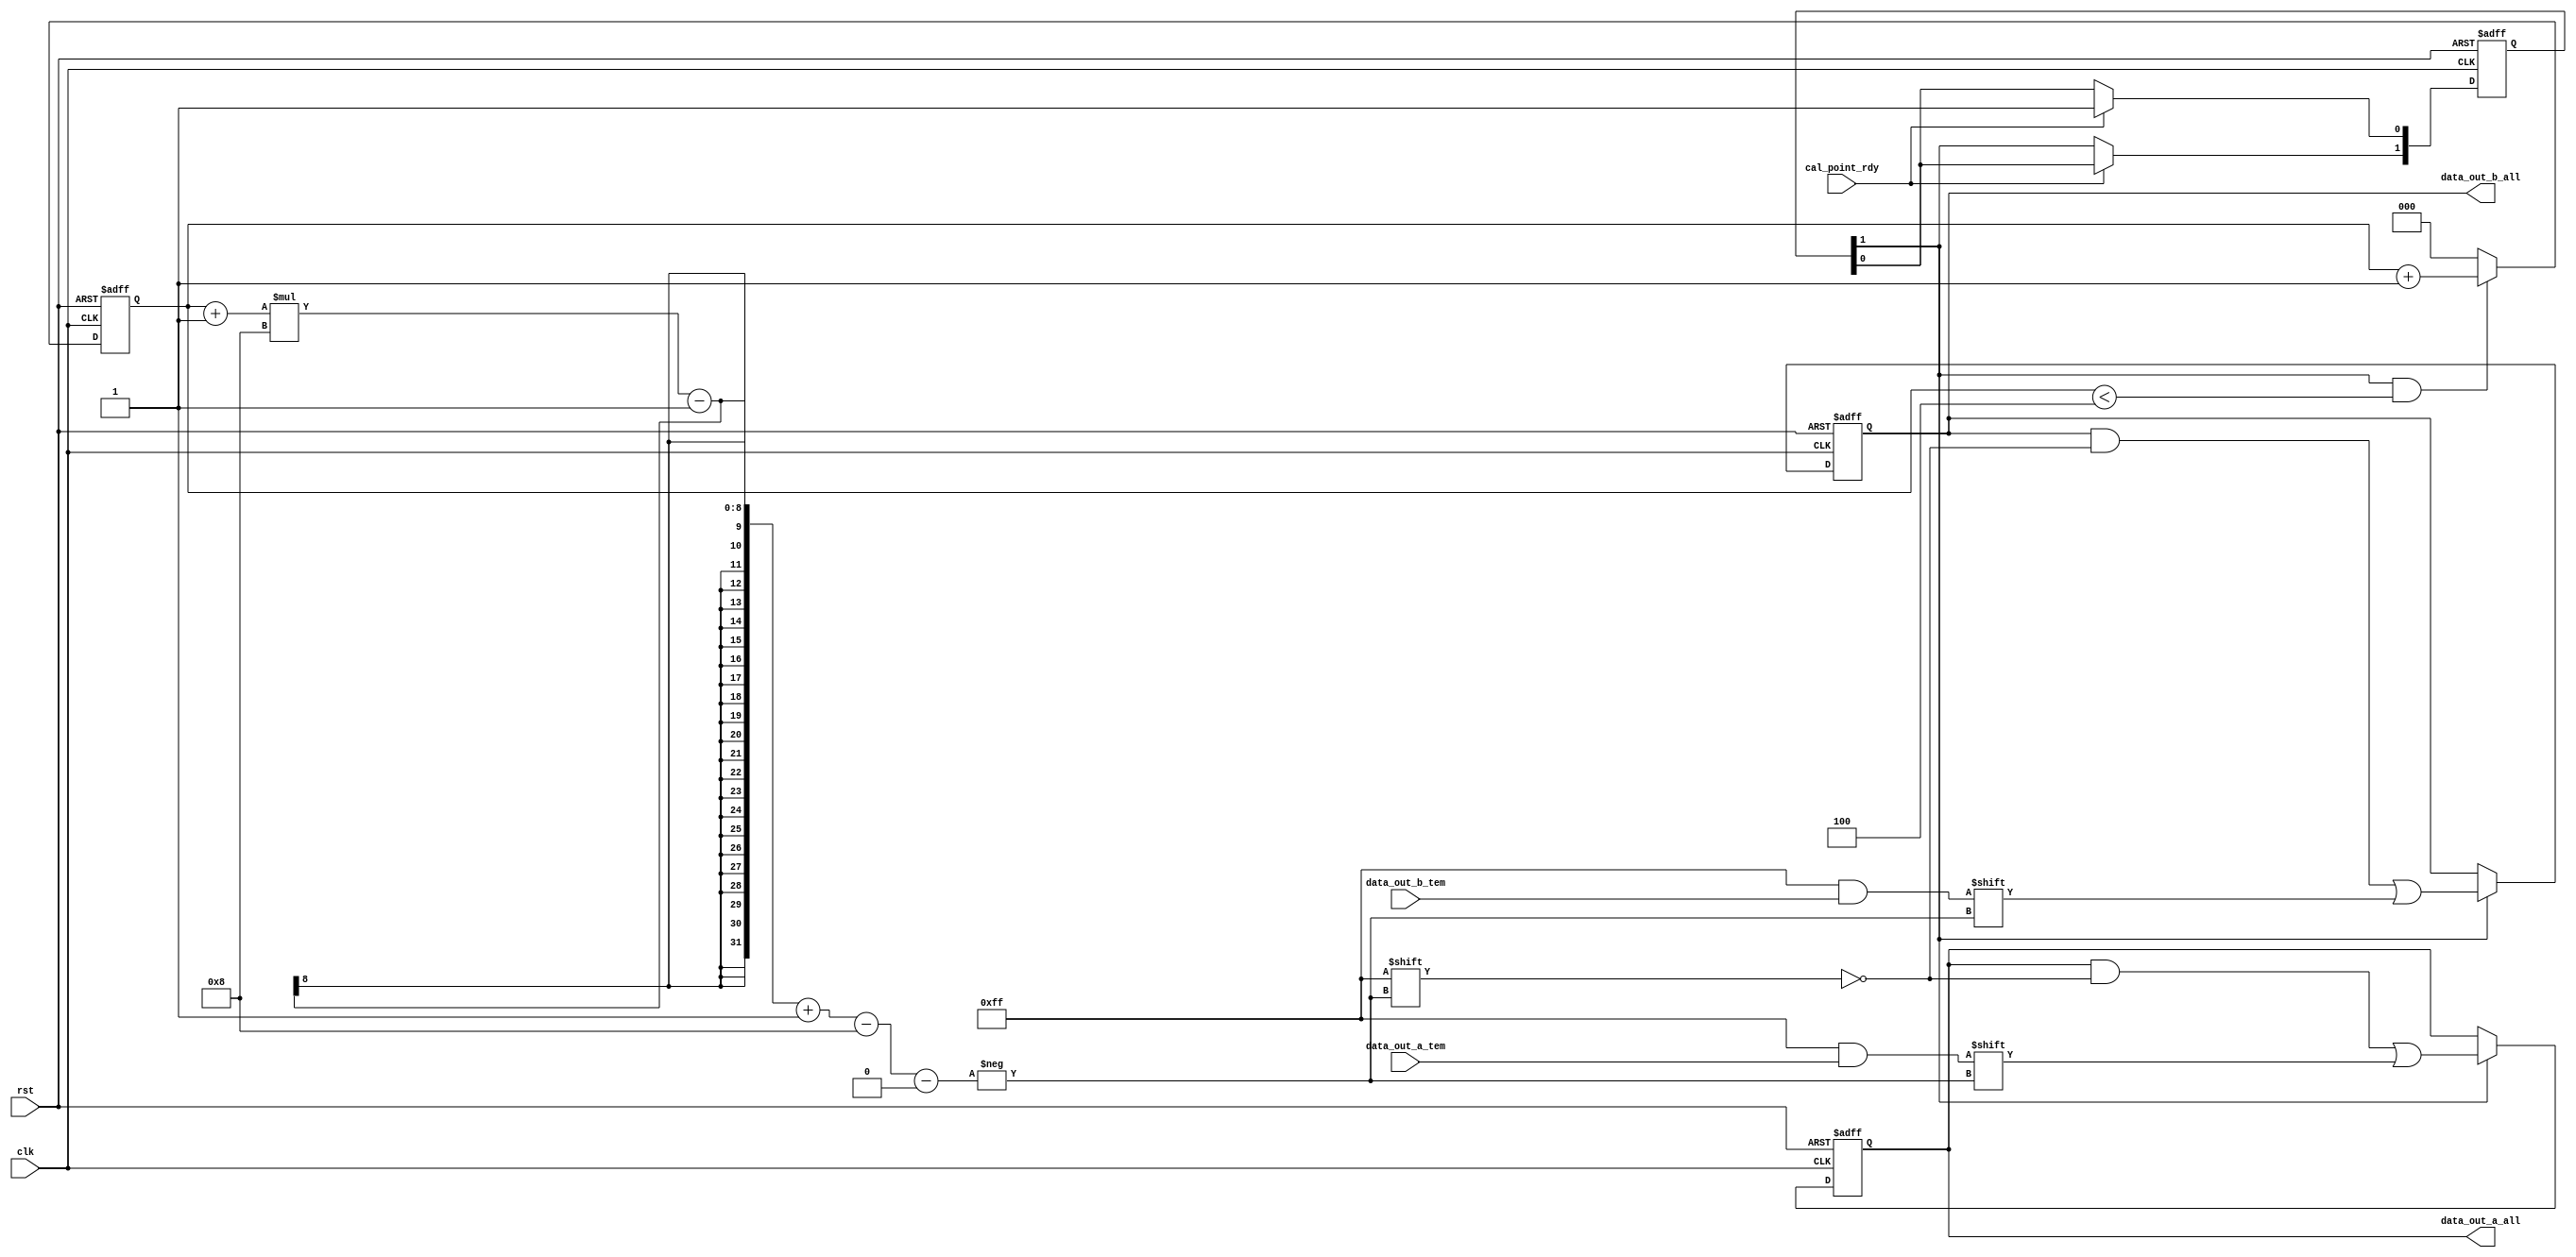
module score_cal_point_buffer(clk,
										rst,
										cal_point_rdy,
										data_out_a_tem,
										data_out_b_tem,
										data_out_a_all,
										data_out_b_all);

input clk, rst, cal_point_rdy;
input [7:0] data_out_a_tem, data_out_b_tem;
output reg [39:0] data_out_a_all, data_out_b_all;

reg [1:0] data_delay;
reg [2:0] data_cnt;

always@(posedge clk, negedge rst)
begin
	if(!rst)
	begin
		data_delay[0] <= 1'b0;
		data_delay[1] <= 1'b0;
	end
	else if(cal_point_rdy)
	begin
		data_delay[0] <= cal_point_rdy;
		data_delay[1] <= data_delay[0];
	end
	else
	begin
		data_delay[0] <= data_delay[0];
		data_delay[1] <= data_delay[1];
	end
end

always@(posedge clk, negedge rst)
begin
	if(!rst)
	begin
		data_cnt <= 3'd0;
	end
	else if((data_delay[1])&(data_cnt<3'd4))
	begin
		data_cnt <= data_cnt + 1'b1;
	end
	else
	begin
		data_cnt <= 3'd0;
	end
end

always@(posedge clk, negedge rst)
begin
	if(!rst)
	begin
		data_out_a_all <= 40'd0;
		data_out_b_all <= 40'd0;
	end
	else if(data_delay[1])
	begin
		data_out_a_all[(data_cnt+1)*8-1-:8] <= data_out_a_tem;
		data_out_b_all[(data_cnt+1)*8-1-:8] <= data_out_b_tem;
	end
	else
	begin
		data_out_a_all <= data_out_a_all;
		data_out_b_all <= data_out_b_all;
	end
end
										
endmodule